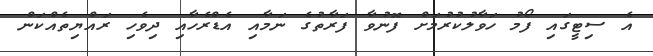
އެ ސިޓީގައި ފޯމު ހަވާލުކުރުމަށް ފޮނުވާ ފަރާތުގެ ނަމާއި އެޑްރެހާއި ދިވެހި ރައްޔިތެއްކަން